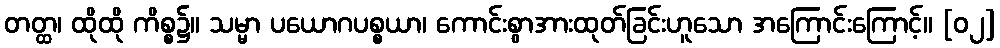
တတ္ထ၊ ထိုထို ကိစ္စ၌။ သမ္မာ ပယောဂပစ္စယာ၊ ကောင်းစွာအားထုတ်ခြင်းဟူသော အကြောင်းကြောင့်။ [၀၂]